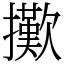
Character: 擹